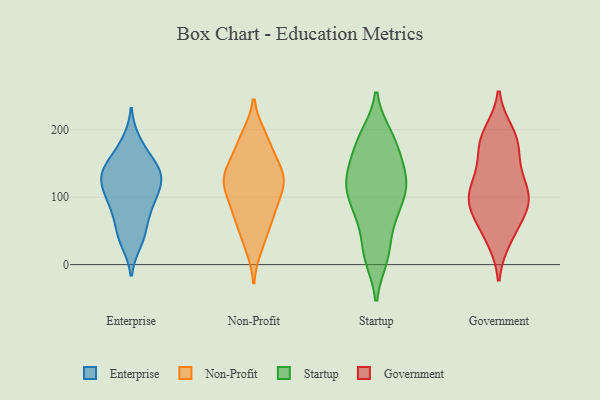
{"axis": {"x": "Satisfaction Score", "y": "Value"}, "legend": ["Enterprise", "Government", "Non-Profit", "Startup"], "data": [{"x": "", "y": 55, "type": "Enterprise"}, {"x": "", "y": 124, "type": "Enterprise"}, {"x": "", "y": 42, "type": "Enterprise"}, {"x": "", "y": 182, "type": "Enterprise"}, {"x": "", "y": 141, "type": "Enterprise"}, {"x": "", "y": 134, "type": "Enterprise"}, {"x": "", "y": 34, "type": "Enterprise"}, {"x": "", "y": 109, "type": "Enterprise"}, {"x": "", "y": 121, "type": "Enterprise"}, {"x": "", "y": 137, "type": "Enterprise"}, {"x": "", "y": 89, "type": "Enterprise"}, {"x": "", "y": 84, "type": "Enterprise"}, {"x": "", "y": 93, "type": "Enterprise"}, {"x": "", "y": 143, "type": "Enterprise"}, {"x": "", "y": 165, "type": "Enterprise"}, {"x": "", "y": 123, "type": "Non-Profit"}, {"x": "", "y": 132, "type": "Non-Profit"}, {"x": "", "y": 82, "type": "Non-Profit"}, {"x": "", "y": 128, "type": "Non-Profit"}, {"x": "", "y": 67, "type": "Non-Profit"}, {"x": "", "y": 129, "type": "Non-Profit"}, {"x": "", "y": 122, "type": "Non-Profit"}, {"x": "", "y": 190, "type": "Non-Profit"}, {"x": "", "y": 85, "type": "Non-Profit"}, {"x": "", "y": 38, "type": "Non-Profit"}, {"x": "", "y": 189, "type": "Non-Profit"}, {"x": "", "y": 27, "type": "Non-Profit"}, {"x": "", "y": 177, "type": "Non-Profit"}, {"x": "", "y": 100, "type": "Non-Profit"}, {"x": "", "y": 159, "type": "Non-Profit"}, {"x": "", "y": 144, "type": "Non-Profit"}, {"x": "", "y": 122, "type": "Non-Profit"}, {"x": "", "y": 69, "type": "Non-Profit"}, {"x": "", "y": 114, "type": "Startup"}, {"x": "", "y": 56, "type": "Startup"}, {"x": "", "y": 15, "type": "Startup"}, {"x": "", "y": 154, "type": "Startup"}, {"x": "", "y": 118, "type": "Startup"}, {"x": "", "y": 143, "type": "Startup"}, {"x": "", "y": 191, "type": "Startup"}, {"x": "", "y": 186, "type": "Startup"}, {"x": "", "y": 80, "type": "Startup"}, {"x": "", "y": 84, "type": "Startup"}, {"x": "", "y": 187, "type": "Startup"}, {"x": "", "y": 123, "type": "Startup"}, {"x": "", "y": 134, "type": "Startup"}, {"x": "", "y": 118, "type": "Startup"}, {"x": "", "y": 110, "type": "Startup"}, {"x": "", "y": 11, "type": "Startup"}, {"x": "", "y": 16, "type": "Startup"}, {"x": "", "y": 176, "type": "Startup"}, {"x": "", "y": 77, "type": "Startup"}, {"x": "", "y": 103, "type": "Government"}, {"x": "", "y": 184, "type": "Government"}, {"x": "", "y": 109, "type": "Government"}, {"x": "", "y": 179, "type": "Government"}, {"x": "", "y": 99, "type": "Government"}, {"x": "", "y": 43, "type": "Government"}, {"x": "", "y": 134, "type": "Government"}, {"x": "", "y": 66, "type": "Government"}, {"x": "", "y": 121, "type": "Government"}, {"x": "", "y": 185, "type": "Government"}, {"x": "", "y": 89, "type": "Government"}, {"x": "", "y": 88, "type": "Government"}, {"x": "", "y": 195, "type": "Government"}, {"x": "", "y": 38, "type": "Government"}, {"x": "", "y": 155, "type": "Government"}, {"x": "", "y": 85, "type": "Government"}]}